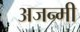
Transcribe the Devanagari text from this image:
अजन्मी